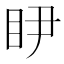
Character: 𭾥